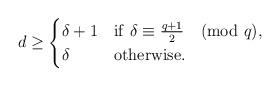
LaTeX: \begin{align*}d \geq \begin{cases}\delta +1 &{\rm if~}\delta \equiv \frac{q+1}2 \pmod{q}, \\\delta &{\rm otherwise}.\end{cases}\end{align*}